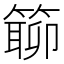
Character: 𥲊